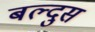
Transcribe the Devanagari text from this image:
बल्दुस